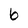
Character: 6